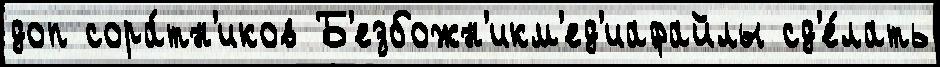
доп сора́тн'иков Б'езбожн'икм'ед'иафайлы сд'е́лать